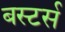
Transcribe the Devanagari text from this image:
बस्टर्स